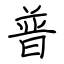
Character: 普